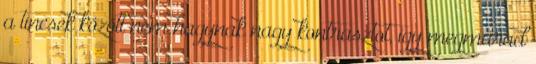
a tincsek között nem hagynak nagy kontrasztot, így megmarad